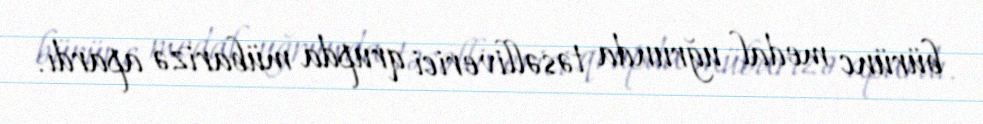
bürünc medal uğrunda təsəlliverici qrupda mübarizə apardı.